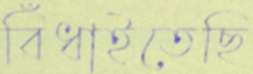
বিঁধাইতেছি